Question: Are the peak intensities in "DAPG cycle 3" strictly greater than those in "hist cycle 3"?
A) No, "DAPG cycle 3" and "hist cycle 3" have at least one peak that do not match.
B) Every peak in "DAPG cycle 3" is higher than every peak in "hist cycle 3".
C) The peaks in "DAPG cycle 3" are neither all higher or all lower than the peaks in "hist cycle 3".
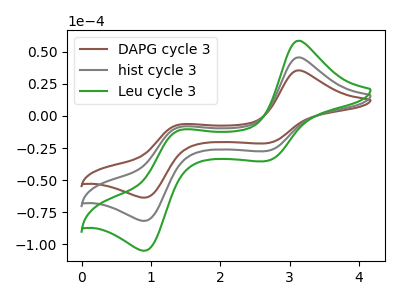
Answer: <think>The brown curve "DAPG cycle 3" has anodic peaks at (3.15V, 35.60uA) (1.40V, -6.75uA) and cathodic peaks at (2.65V, -21.25uA) (0.90V, -63.70uA). The gray curve "hist cycle 3" has anodic peaks at (3.15V, 45.70uA) (1.40V, -8.70uA) and cathodic peaks at (2.65V, -27.30uA) (0.90V, -81.85uA). The green curve "Leu cycle 3" has anodic peaks at (3.15V, 91.40uA) (1.40V, -17.35uA) and cathodic peaks at (2.65V, -54.60uA) (0.90V, -163.65uA).</think>
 <answer>C) The peaks in "DAPG cycle 3" are neither all higher or all lower than the peaks in "hist cycle 3".</answer>
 <eval>C</eval>